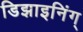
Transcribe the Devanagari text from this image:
डिझाइनिंग्